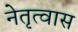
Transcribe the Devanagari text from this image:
नेतृत्वास